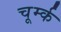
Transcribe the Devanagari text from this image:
चूर्म्क